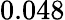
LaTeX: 0.048